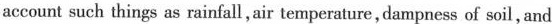
account such things as rainfall, air temperature, dampness of soil, and